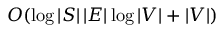
O ( \log | S | \, | E | \log | V | + | V | )